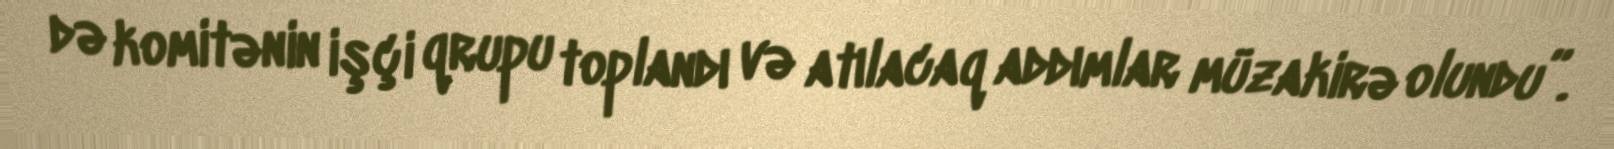
də komitənin işçi qrupu toplandı və atılacaq addımlar müzakirə olundu”.